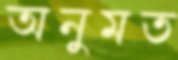
অনুমত